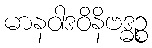
မာနဝါဒဝိနိဗဒ္ဓဉ္စ